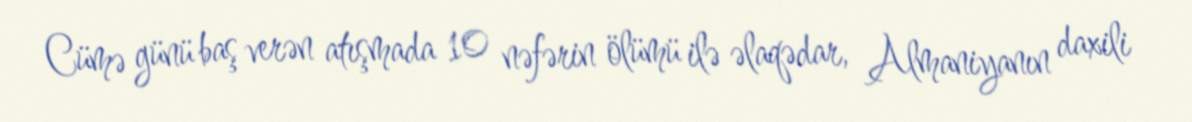
Cümə günü baş verən atışmada 10 nəfərin ölümü ilə əlaqədar, Almaniyanın daxili